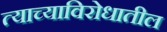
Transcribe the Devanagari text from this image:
त्याच्याविरोधातील